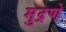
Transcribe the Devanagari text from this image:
मुद्रणे